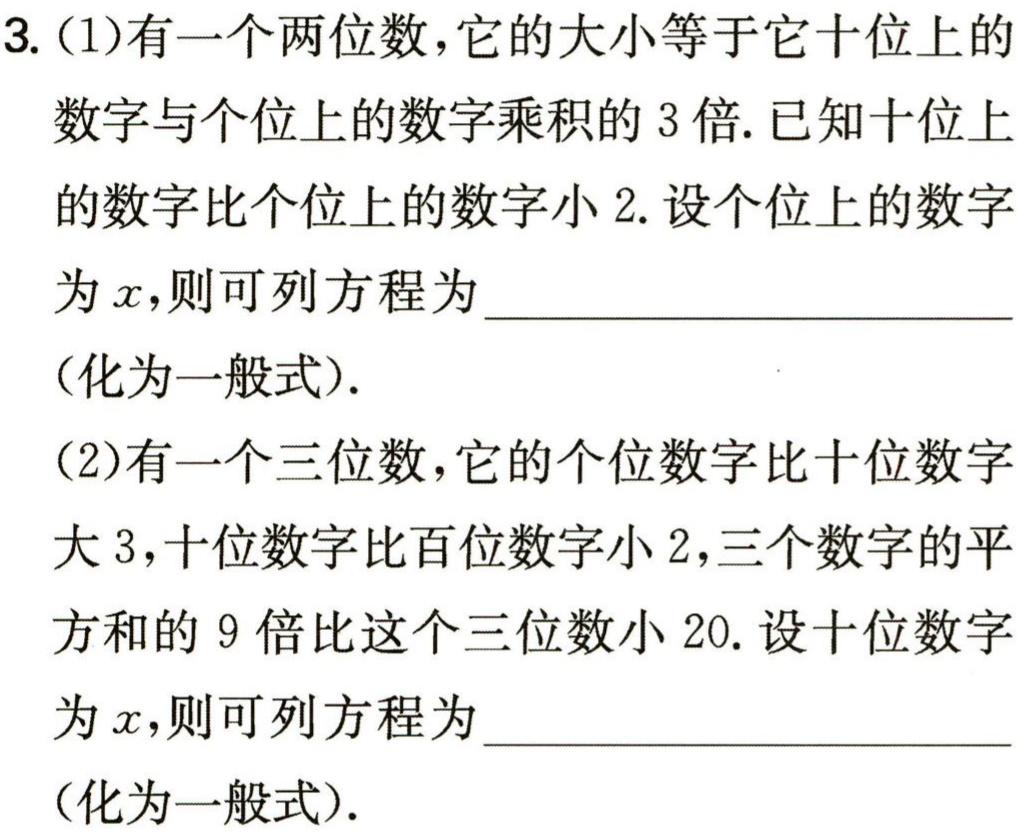
3. (1) 设个位上的数字为\(x\)，则十位上的数字为\(x - 2\)。
   这个两位数可表示为\(10(x - 2)+x\)，根据题意可列方程：
   \[10(x - 2)+x = 3(x - 2)x\]
   化为一般式：
   \[10x-20 + x=3x^{2}-6x\]
   \[3x^{2}-6x - 11x + 20 = 0\]
   \[3x^{2}-17x + 20 = 0\]

(2) 设十位数字为\(x\)，则个位数字为\(x + 3\)，百位数字为\(x + 2\)。
   这个三位数可表示为\(100(x + 2)+10x+(x + 3)\)，根据题意可列方程：
   \[9[(x + 2)^{2}+x^{2}+(x + 3)^{2}]=100(x + 2)+10x+(x + 3)-20\]
   化为一般式：
   \[9(x^{2}+4x + 4+x^{2}+x^{2}+6x + 9)=100x+200 + 10x+x + 3-20\]
   \[9(3x^{2}+10x + 13)=111x + 183\]
   \[27x^{2}+90x + 117 = 111x + 183\]
   \[27x^{2}+90x-111x + 117 - 183 = 0\]
   \[27x^{2}-21x - 66 = 0\]
   \[9x^{2}-7x - 22 = 0\]